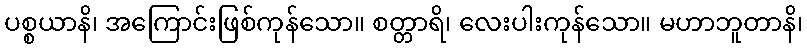
ပစ္စယာနိ၊ အကြောင်းဖြစ်ကုန်သော။ စတ္တာရိ၊ လေးပါးကုန်သော။ မဟာဘူတာနိ၊